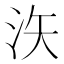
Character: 𪵳